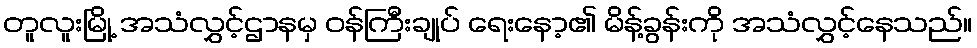
တူလူးမြို့ အသံလွှင့်ဌာနမှ ဝန်ကြီးချုပ် ရေးနော့၏ မိန့်ခွန်းကို အသံလွှင့်နေသည်။